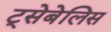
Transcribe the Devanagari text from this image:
ट्सेबेलिस